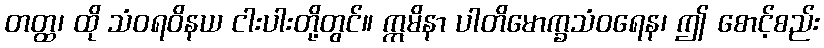
တတ္ထ၊ ထို သံဝရဝိနယ ငါးပါးတို့တွင်။ ဣမိနာ ပါတိမောက္ခသံဝရေန၊ ဤ စောင့်စည်း